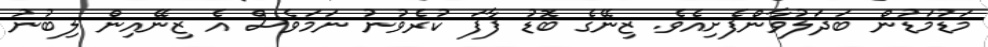
މަޑުމަޑުން ބަދަލުވާންފެށިއެވެ. ޒިނޭގެ ބޮޑު ފާފަ ކުރެވުނު ނަމަވެސް އެ ޒިނޭއިން ލިބުނު